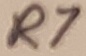
Text: R7